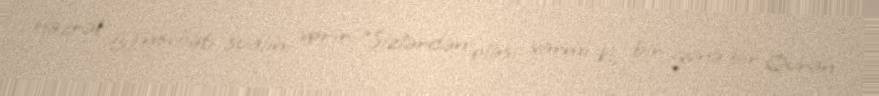
Həzrət (s) növbəti sualını verir: “Sizlərdən eləsi varmı ki, bir günə bir Quran